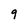
Character: 9